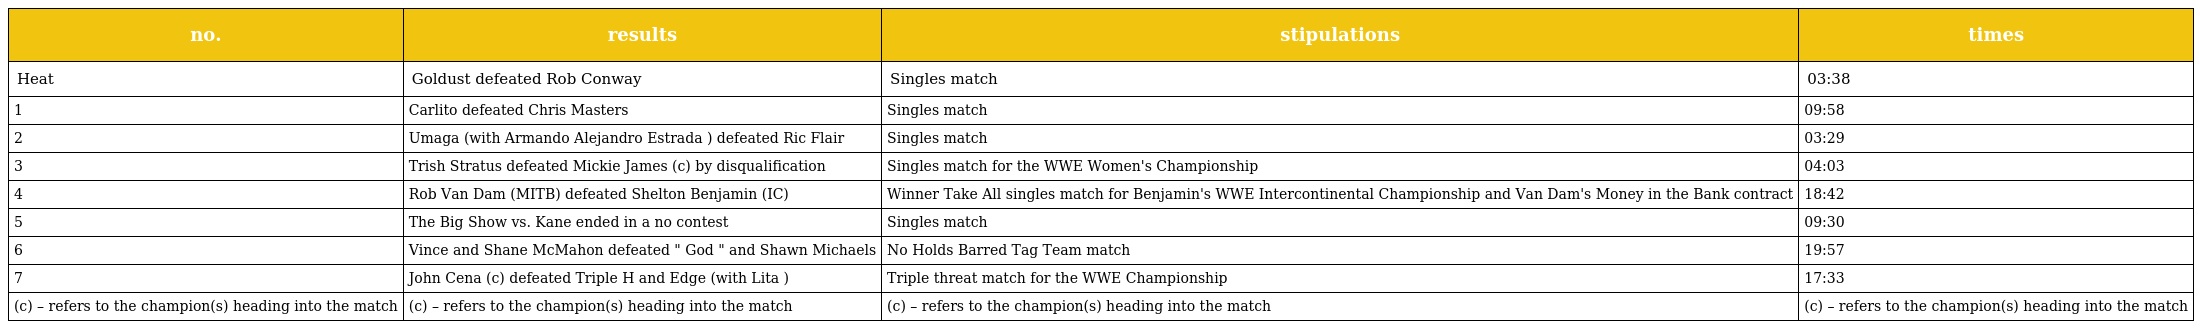
| no. | results | stipulations | times |
 | --- | --- | --- | --- |
 | Heat | Goldust defeated Rob Conway | Singles match | 03:38 |
 | 1 | Carlito defeated Chris Masters | Singles match | 09:58 |
 | 2 | Umaga (with Armando Alejandro Estrada ) defeated Ric Flair | Singles match | 03:29 |
 | 3 | Trish Stratus defeated Mickie James (c) by disqualification | Singles match for the WWE Women's Championship | 04:03 |
 | 4 | Rob Van Dam (MITB) defeated Shelton Benjamin (IC) | Winner Take All singles match for Benjamin's WWE Intercontinental Championship and Van Dam's Money in the Bank contract | 18:42 |
 | 5 | The Big Show vs. Kane ended in a no contest | Singles match | 09:30 |
 | 6 | Vince and Shane McMahon defeated " God " and Shawn Michaels | No Holds Barred Tag Team match | 19:57 |
 | 7 | John Cena (c) defeated Triple H and Edge (with Lita ) | Triple threat match for the WWE Championship | 17:33 |
 | (c) – refers to the champion(s) heading into the match | (c) – refers to the champion(s) heading into the match | (c) – refers to the champion(s) heading into the match | (c) – refers to the champion(s) heading into the match |